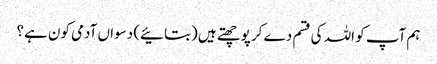
ہم آپ کو اللہ کی قسم دے کر پوچھتے ہیں (بتائیے) دسواں آدمی کون ہے؟